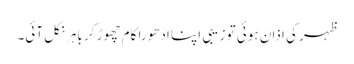
ظہر کی اذان ہوئی تو زیبی اپنا ادھورا کام چھوڑ کر باہر نکل آئی۔